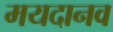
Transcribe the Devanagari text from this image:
मयदानव